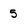
Character: 5